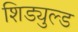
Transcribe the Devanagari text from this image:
शिड्युल्ड